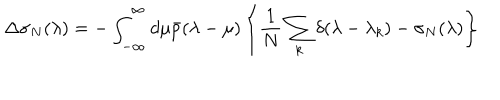
\Delta \sigma _ { N } ( \lambda ) = - \int _ { - \infty } ^ { \infty } d \mu \bar { p } ( \lambda - \mu ) \left\{ \frac { 1 } { N } \sum _ { k } \delta ( \lambda - \lambda _ { k } ) - \sigma _ { N } ( \lambda ) \right\}